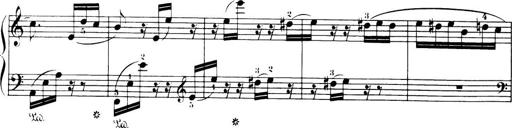
Title: 32 Sonatinas and Rondos for the Piano
Composer: Richard Kleinmichel